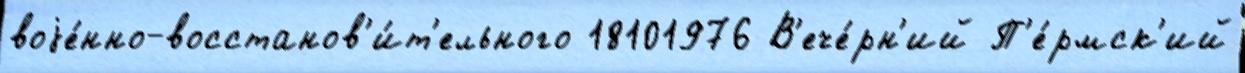
воjе́нно-восстанов'и́т'ельного 18101976 В'ече́рн'ий П'е́рмск'ий